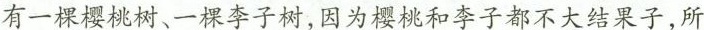
有一棵樱桃树、一棵李子树，因为樱桃和李子都不大结果子，所